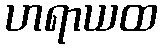
ဟရာယထ